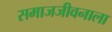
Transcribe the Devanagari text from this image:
समाजजीवनाला